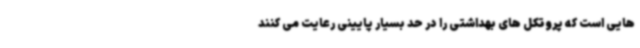
هایی است که پروتکل های بهداشتی را در حد بسیار پایینی رعایت می کنند